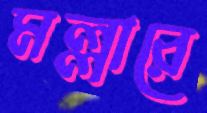
মল্লারে